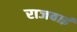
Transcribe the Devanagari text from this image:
राजबाई